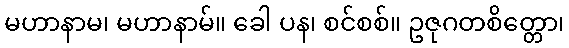
မဟာနာမ၊ မဟာနာမ်။ ခေါ ပန၊ စင်စစ်။ ဥဇုဂတစိတ္တော၊